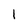
Character: 1